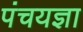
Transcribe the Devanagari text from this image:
पंचयज्ञा